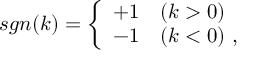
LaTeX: s g n ( k ) = \left\{ \begin{array} { l l } { { + 1 } } & { { ( k > 0 ) } } \\ { { - 1 } } & { { ( k < 0 ) \, \, , } } \end{array} \right.